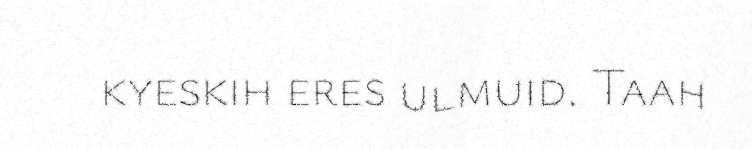
kyeskih eres ulmuid. Taah